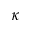
\kappa